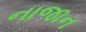
નાજાન